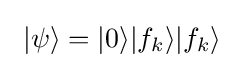
\ |\psi \rangle =|0\rangle |f_{k}\rangle |f_{k}\rangle